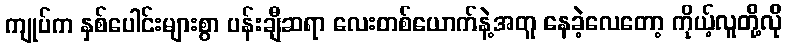
ကျုပ်က နှစ်ပေါင်းများစွာ ပန်းချီဆရာ လေးတစ်ယောက်နဲ့အတူ နေခဲ့လေတော့ ကိုယ့်လူတို့လို